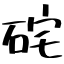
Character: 𥒈